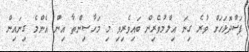
ފަސްދޮޅަހަށް ވުރެ ގިނަ އިލްމުވެރިން ބައިވެރިވި މި މަހާސިންތާ އިން އެންމެ ގިނައިން